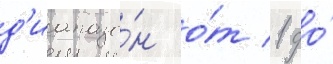
д'иапазо́н о́т 1 до́